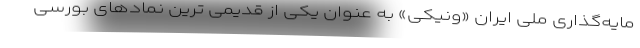
مایه‌گذاری ملی ایران «ونیکی» به عنوان یکی از قدیمی ترین نمادهای بورسی